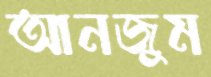
আনজুম